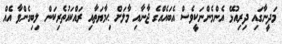
މަދީނާގައި ދިރިއުޅޭ އެންމެންނަކީވެސް އެބައެއްގެ ޖާނާއި މާލަށް ޙިމާޔަތާއި ރައްކައުތެރިކަން ލިބިގެންވާ އެއް